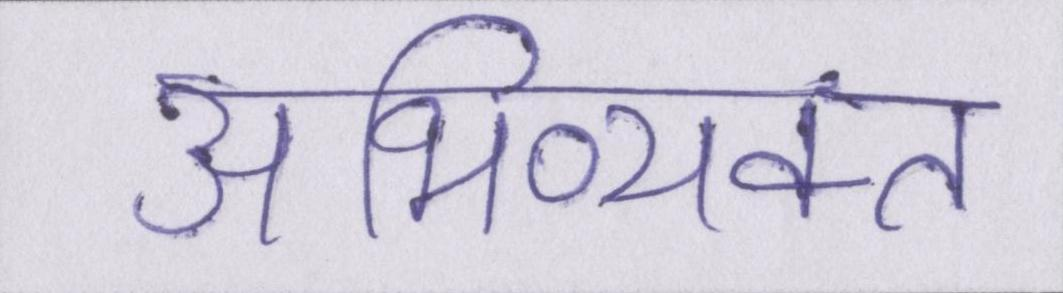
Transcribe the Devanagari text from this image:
अभिव्यक्त